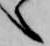
之